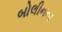
બોલીનના